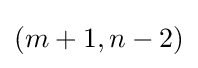
(m+1,n-2)